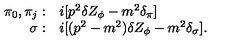
\begin{array} { r l } { \pi _ { 0 } , \pi _ { j } : } & { i [ p ^ { 2 } \delta Z _ { \phi } - m ^ { 2 } \delta _ { \pi } ] } \\ { \sigma : } & { i [ ( p ^ { 2 } - m ^ { 2 } ) \delta Z _ { \phi } - m ^ { 2 } \delta _ { \sigma } ] . } \\ \end{array}